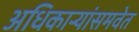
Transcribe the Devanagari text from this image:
अधिकार्‍यांसमवेत